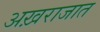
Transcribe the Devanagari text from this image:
अख़राजात